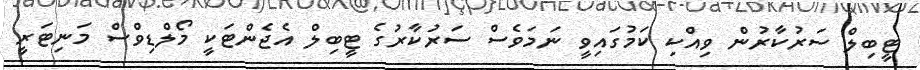
ޓީބިލް ސަރުކާރުން ވިއްކި ކަމުގައިވީ ނަމަވެސް ސަރުކާރުގެ ޓީބިލް އެޖެންޓަކީ މޯލްޑިވްސް މަނިޓަރީ